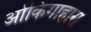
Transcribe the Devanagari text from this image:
ओकिगाहारा